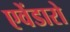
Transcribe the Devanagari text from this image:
एवेंडारो